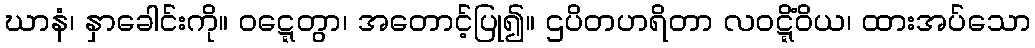
ဃာနံ၊ နှာခေါင်းကို။ ဝဋ္ဋေတွာ၊ အတောင့်ပြု၍။ ဌပိတဟရိတာ လဝဋ္ဋိံဝိယ၊ ထားအပ်သော